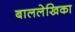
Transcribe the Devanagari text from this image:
बाललेखिका